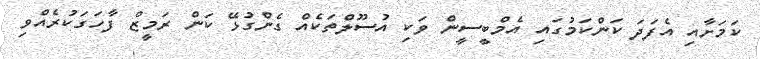
ކަމަށާއި އެފަދަ ކަންކަމުގައި އެމްބީސީން ވަކި އުސޫލްތަކެއް ގެންގުޅޭ ކަން ރަމީޒް ފާހަގަކުރެއްވި